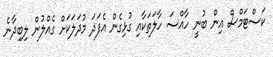
ކަސްޓަމްސް އިން ބުނީ ހާއްސަ ހާލަތަކާއި ގުޅިގެން އެފަދަ މުދަލަކަށް ގެއްލުން ލިބިދާނެ